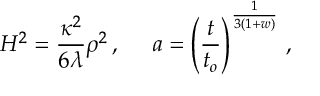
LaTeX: H ^ { 2 } = \frac { \kappa ^ { 2 } } { 6 \lambda } \rho ^ { 2 } \, , ~ ~ ~ ~ a = \left( \frac { t } { t _ { o } } \right) ^ { \frac { 1 } { 3 ( 1 + w ) } } \, ,